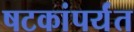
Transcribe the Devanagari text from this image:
षटकांपर्यंत